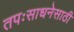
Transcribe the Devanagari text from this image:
तपःसाधनेसाठी